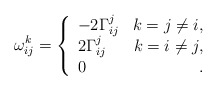
\begin{align*} \omega_{ij}^k=\left\{ \begin{array}{lr} -2\Gamma_{ij}^j& k=j\neq i,\\ 2\Gamma_{ij}^j& k=i\neq j,\\ 0 &\,. \end{array}\right.\end{align*}